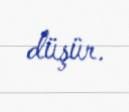
düşür.